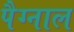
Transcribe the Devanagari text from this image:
पैग्नाल